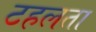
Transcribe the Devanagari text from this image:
टहलता